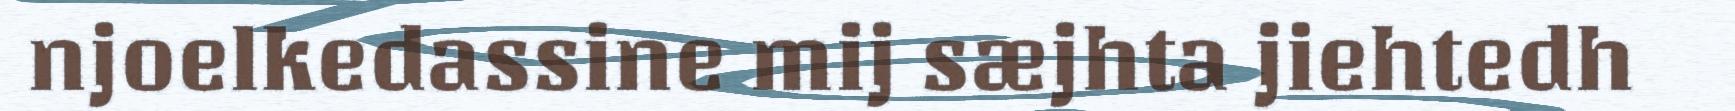
njoelkedassine mij sæjhta jiehtedh